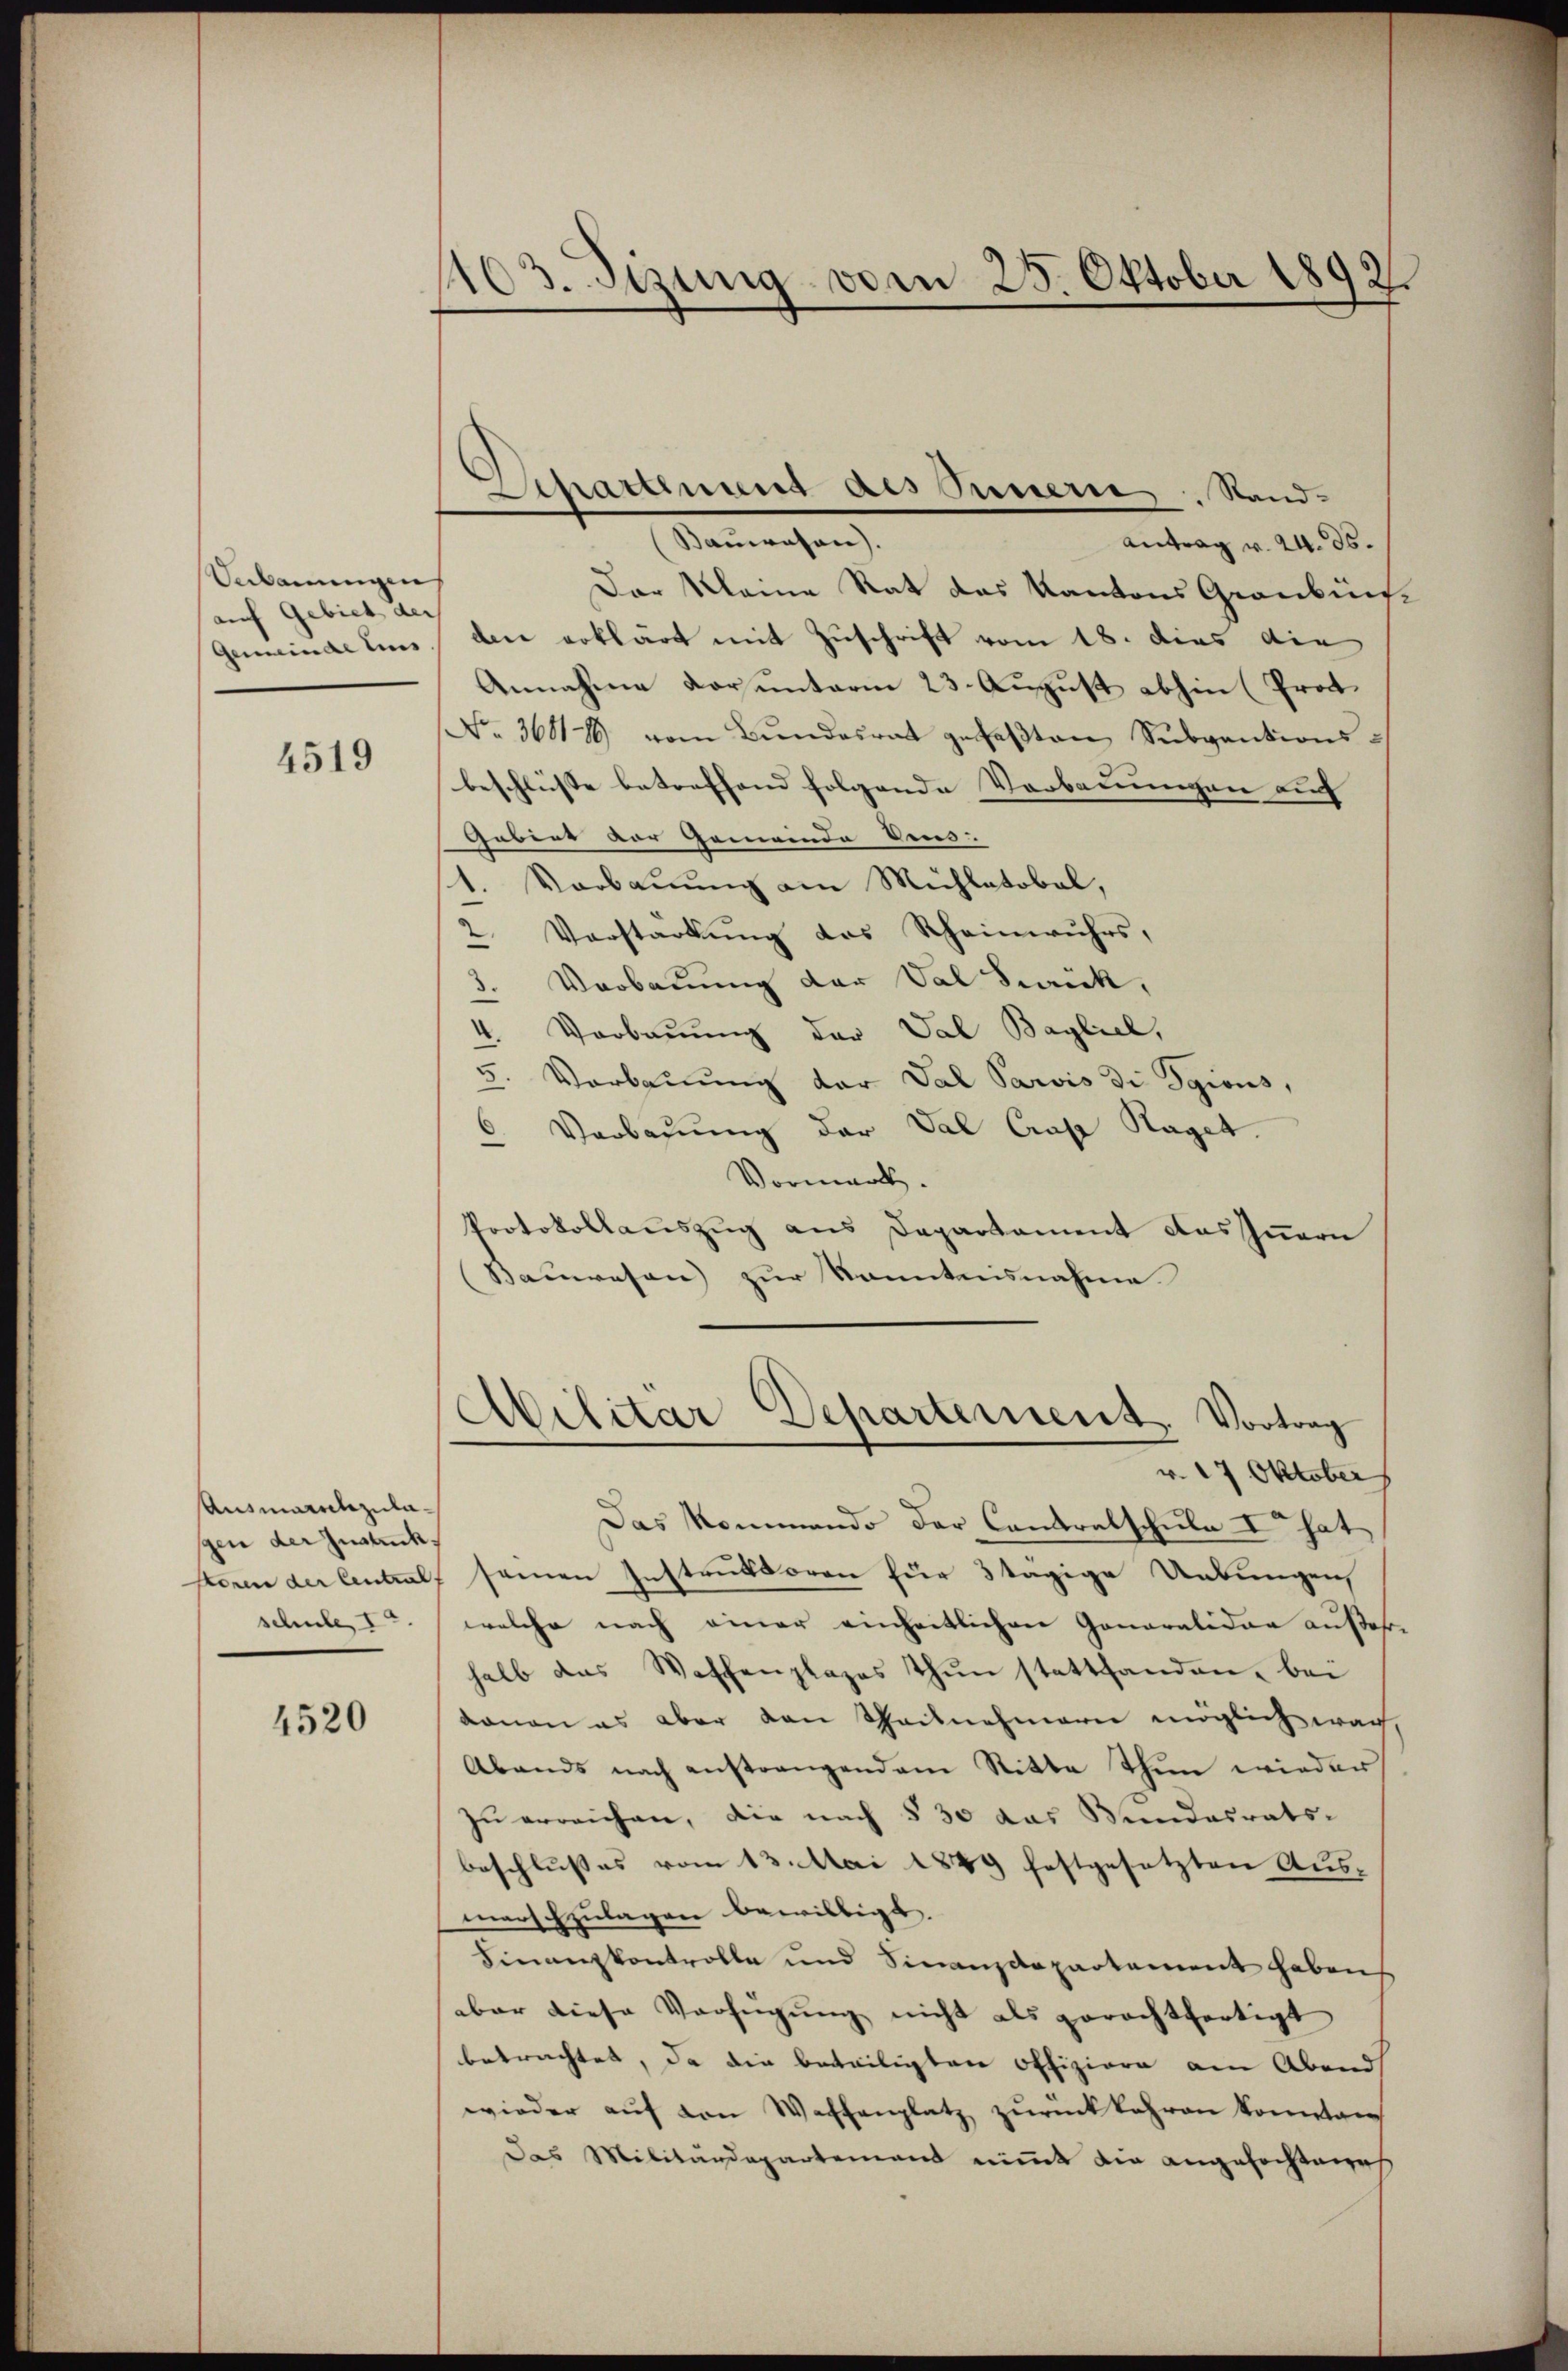
Bebauungen
auf Gebiet der
Gemeinde Eins

4519

Ausmannszulagen der Justick.
schule, I

4520

1103. Sizung vom 25. Oktober 1893

Spannung des Innern. Sand¬

anreichen
Antrag v. 24. ds.
Der Meine Rat das Kantons Graubünfden erklärt mit Zuschrift vom 18. dies die
Annahme Korunterm 23. August abhin (Prot.
No. 3601 vom Bundesrat gefaβten Subgautions-
beschlüsse betreffend folgende Verbauungen auf |
Gabiet vor Gemeinde des
1. Vorbauung am Mühlatobel,
2. Vorstarkŭng des Rheinwŭhrs,
3. Vorbauung der Val Frick,
e
4. Vorbauung der Val Bayliel,
5. Verbauung der Val Paris di Sgions,
Verbaŭŭng der Val Crasa Raget.
Vormerk.
Protokollauszug aus Departament das Innern
(Bauwesen zur Kenntnisnahme
Abilitar Departement. Vortrag
v. 27 Oktober
Das Kommando der Contralschule Er hat
steren der Central, seinen Instruktoren für 8 tägige Uebungen,
welche nach einer einheitlichen Generalidar außerhalb das Waffenplages thun stattfanden bei
donan es aber den Theilnehmern möglich wach,
Abends nach anstrangendem Sitte Thun wieder
zu erreichen, die nach § 30 das Bundesrats-
beschlußes vom 13. Mai 1849 festgesetzten Ausmarh Ezulagen bewilligt.
Finanzkontrolle und Finanzdepartement haben
aber diese Verfügung nicht als gerachtfertigt
betrachtet, da die beteiligten Offiziere am Abend
wieder aŭf von Waffenplatz zurückkehren konnten
Das Militärdepartemend nimmt die angefochtenes